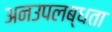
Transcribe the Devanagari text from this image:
अनउपलब्धता